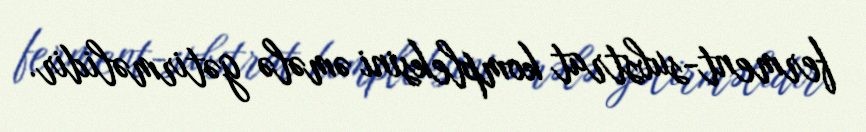
ferment-substrat kompleksini əmələ gətirməlidir.